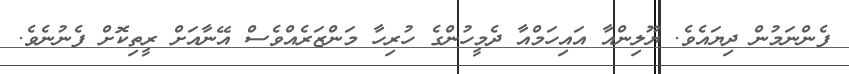
ފެންނަމުން ދިޔައެވެ. ޔޫލިންއާ އައިހަމްއާ ދެމީހުންގެ ހުރިހާ މަންޒަރެއްވެސް އޭނާއަށް ރީތިކޮށް ފެނުނެވެ.